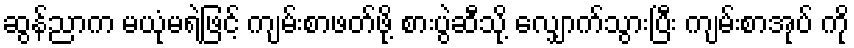
ဆွန်ညာက မယုံမရဲဖြင့် ကျမ်းစာဖတ်ဖို့ စားပွဲဆီသို့ လျှောက်သွားပြီး ကျမ်းစာအုပ် ကို